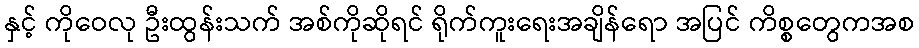
နှင့် ကိုဝေလု ဦးထွန်းသက် အစ်ကိုဆိုရင် ရိုက်ကူးရေးအချိန်ရော အပြင် ကိစ္စတွေကအစ